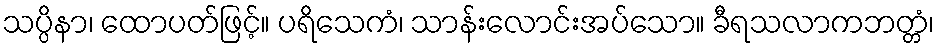
သပ္ပိနာ၊ ထောပတ်ဖြင့်။ ပရိသေကံ၊ သာန်းလောင်းအပ်သော။ ခီရသလာကဘတ္တံ၊